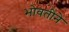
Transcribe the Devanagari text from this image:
भोवतीने